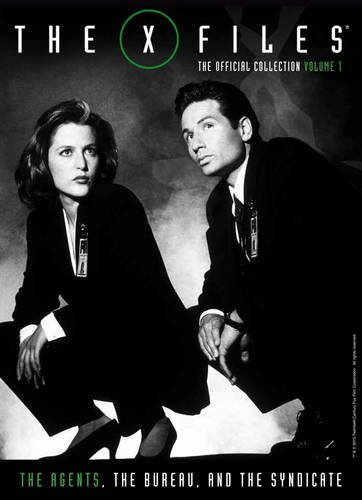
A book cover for The X-Files The Official Collection Volume 1; Titan Comics; Humor & Entertainment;